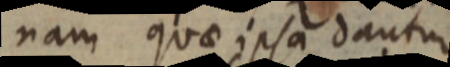
nam quae ipsa dantur